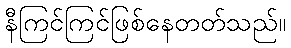
နီကြင်ကြင်ဖြစ်နေတတ်သည်။